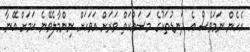
އެހެން ނަމަވެސް އެ ދަނޑުތަކުގެ މަސައްކަތް ވަރަށް އަވަހަށް ނިންމާލެވޭނެ ކަމަށް އޭނާ